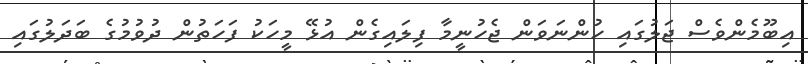
އިބޫމެންވެސް ޖަލުގައި ހުންނަވަން ޖެހުނީމާ ފިލައިގެން އުޅޭ މީހަކު ފަހަތުން ދުވުމުގެ ބަދަލުގައި